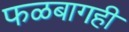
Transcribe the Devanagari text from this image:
फळबागही